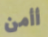
أأمن